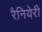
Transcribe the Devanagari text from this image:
रैनियेरी